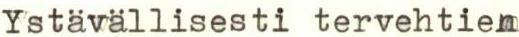
Ystävällisesti tervehtien